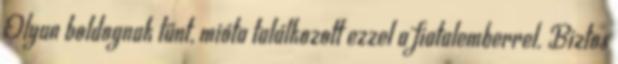
Olyan boldognak tűnt, mióta találkozott ezzel a fiatalemberrel. Biztos